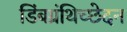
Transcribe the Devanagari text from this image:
डिंबग्रंथिच्छेदन